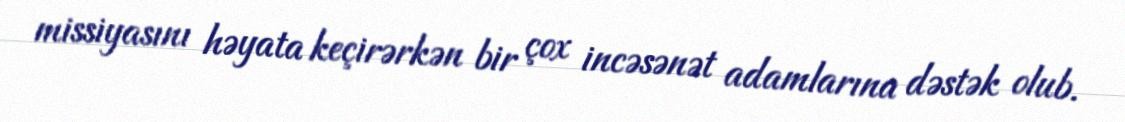
missiyasını həyata keçirərkən bir çox incəsənət adamlarına dəstək olub.